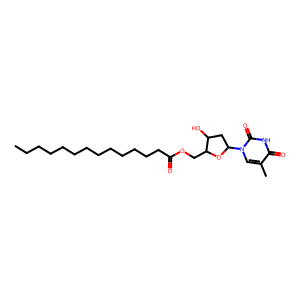
SMILES: CCCCCCCCCCCCCC(=O)OCC1OC(n2cc(C)c(=O)[nH]c2=O)CC1O
Inhibits HIV replication: No